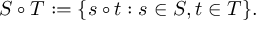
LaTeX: S \circ T : = \{ s \circ t : s \in S , t \in T \} .